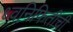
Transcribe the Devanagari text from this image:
ध्वनिफितींची